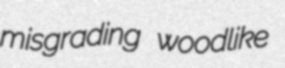
misgrading woodlike